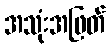
အသုံးအဖြတ်